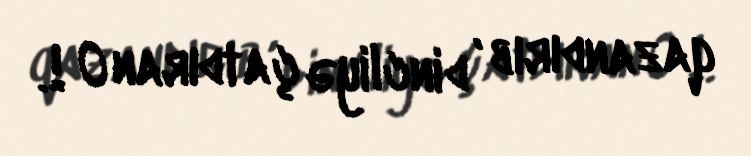
qazandırıb , dincliyə çatdıran O !.